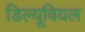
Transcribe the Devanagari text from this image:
डिल्यूवियल